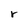
Character: r